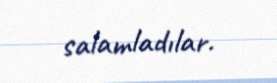
salamladılar.